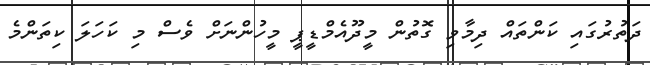
ދަތުރުގައި ކަންތައް ދިމާވި ގޮތުން މީދޫއެމްޑީޕީ މީހުންނަށް ވެސް މި ކަހަލަ ކިތަންމެ